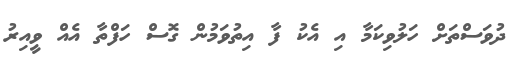
ދުވަސްތަށް ހަލުވިކަމާ އި އެކު ފާ އިތުވަމުން ގޮސް ހަފްތާ އެއް ވީއިރު